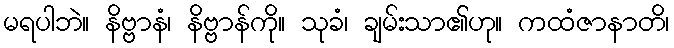
မရပါဘဲ။ နိဗ္ဗာနံ၊ နိဗ္ဗာန်ကို။ သုခံ၊ ချမ်းသာ၏ဟု။ ကထံဇာနာတိ၊